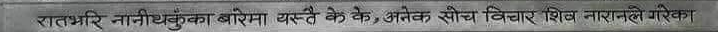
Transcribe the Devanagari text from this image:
रातभरि नानिथुक्का बोल्दामा यस्तै के के, अनेक सोच विचार शील नारायण रेग्मीका